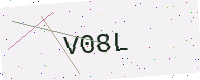
Text: V08L